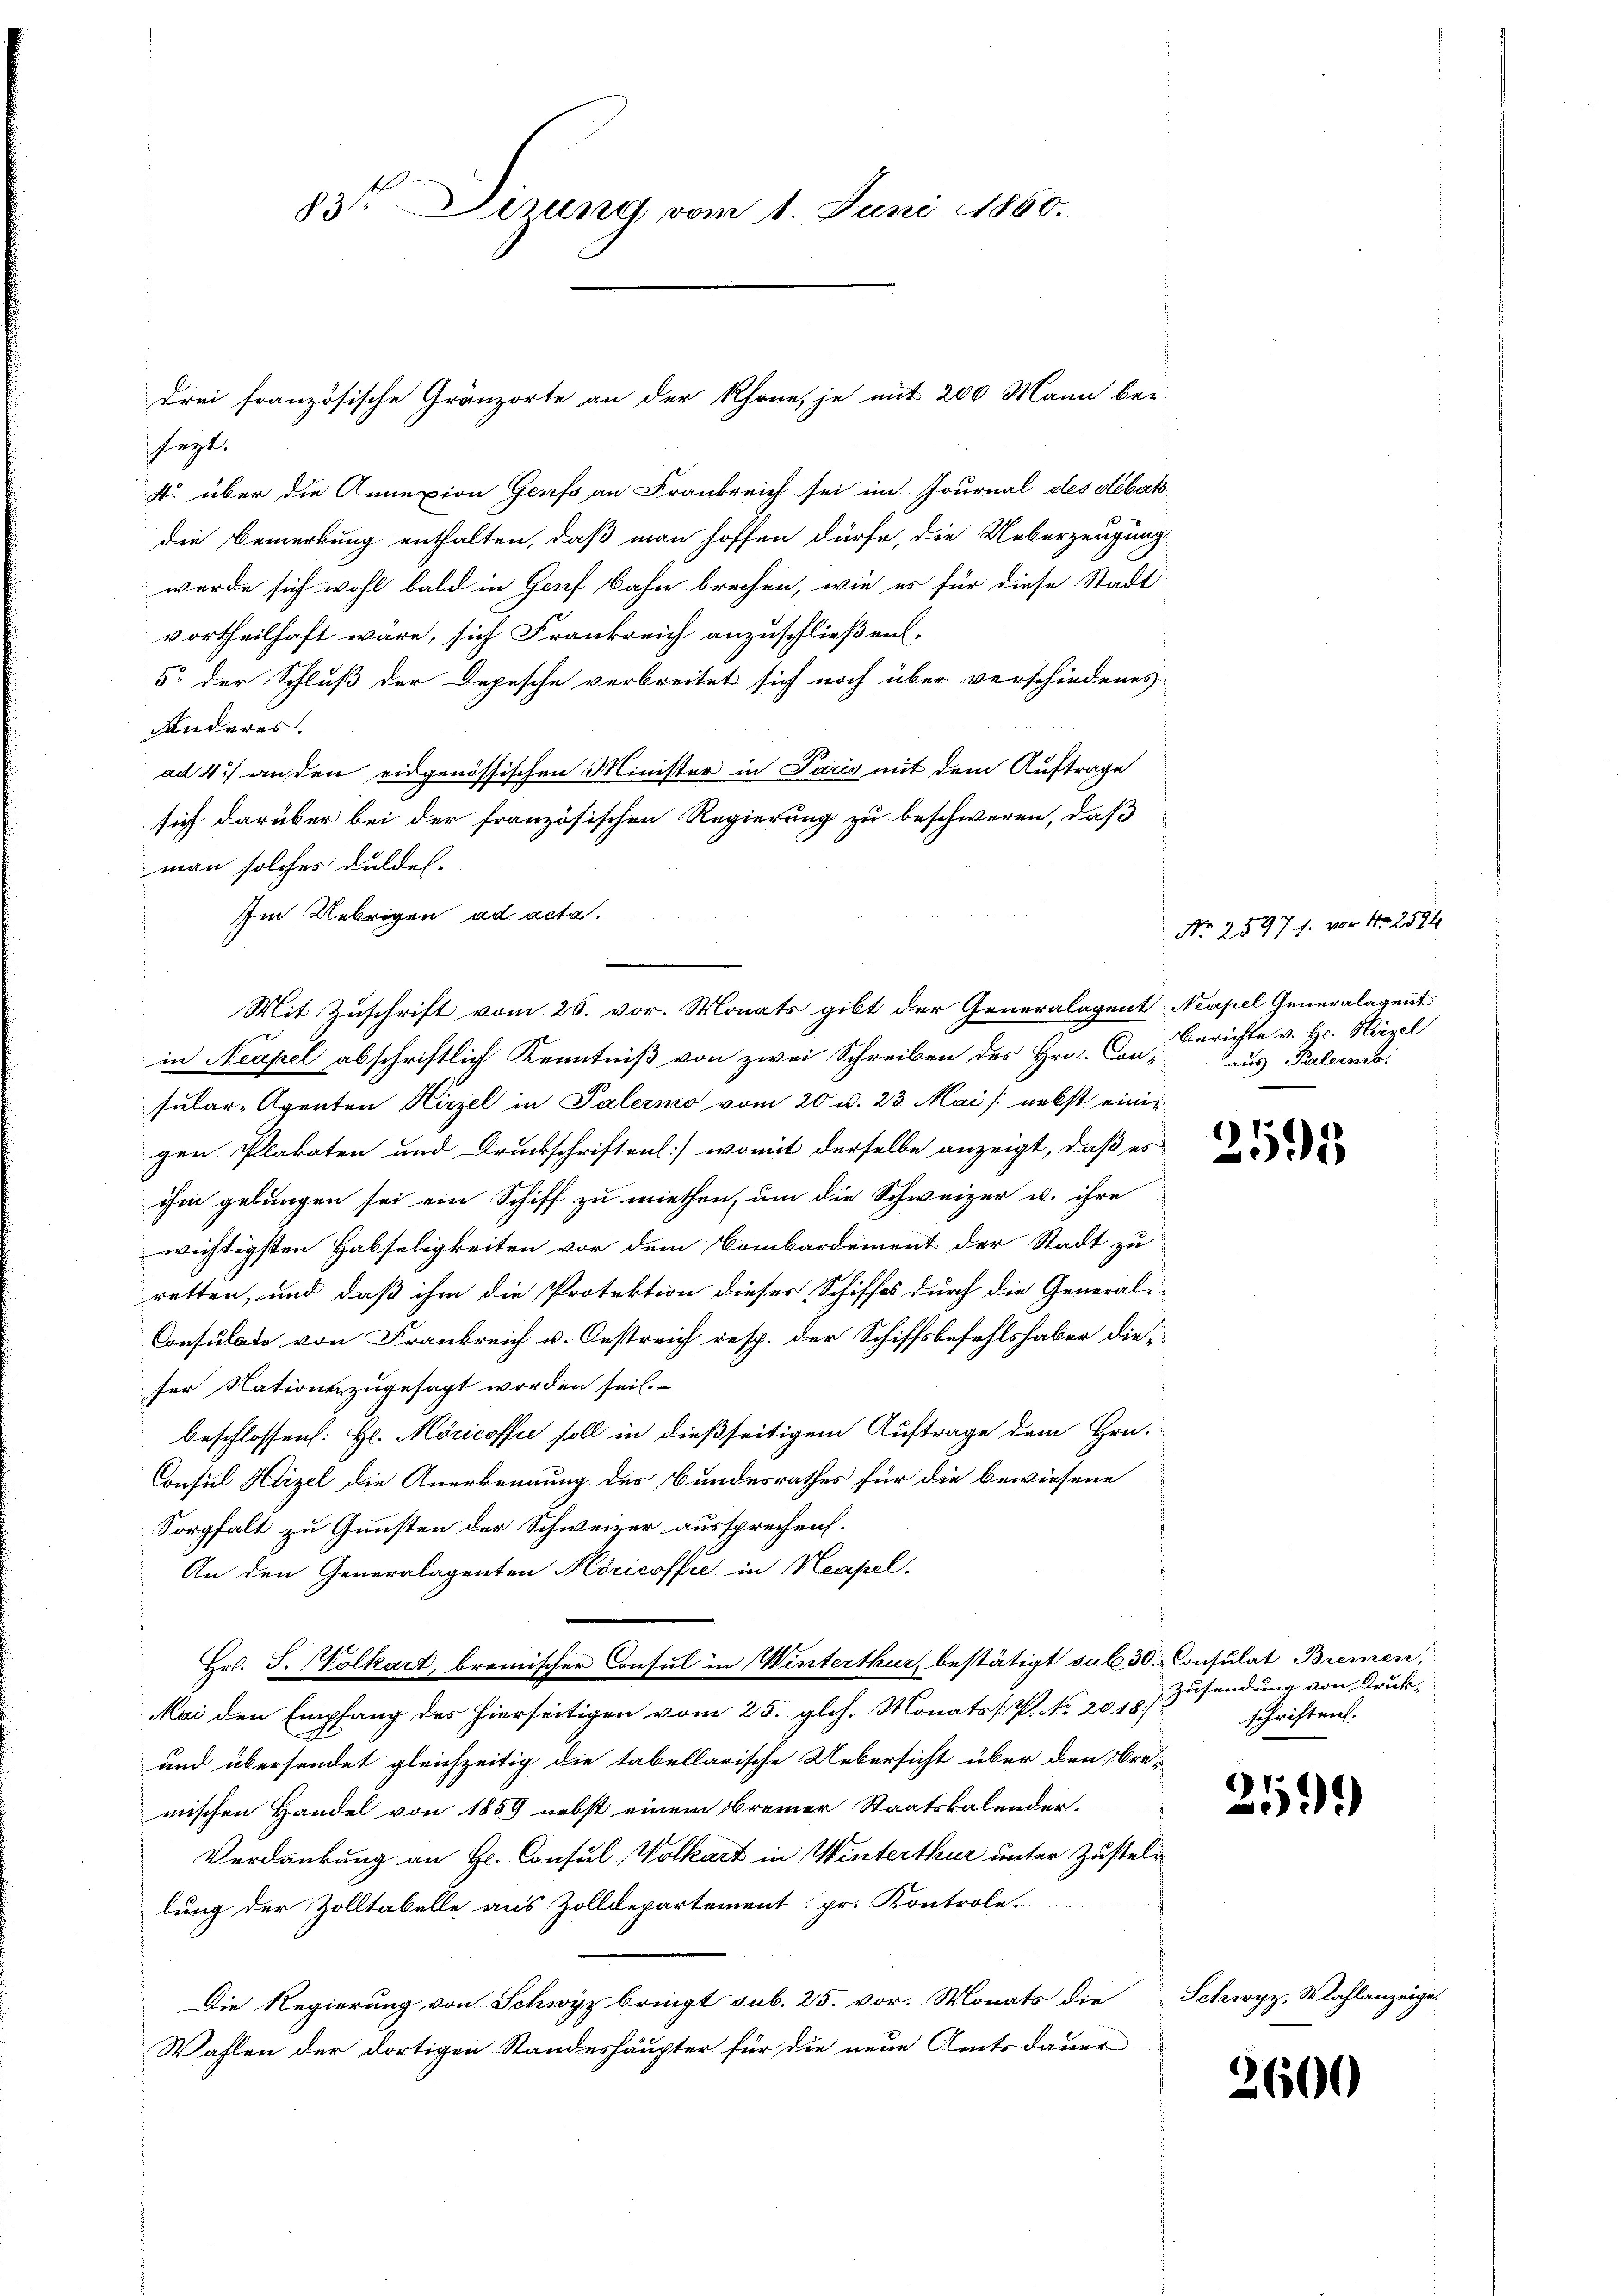
83te Dirung vom 1. Juni 1860.

sagt.
4. über die Annexion Genf an Frankreich sei im Journal des debetsdie Bemerkung enthalten, daß man hoffen dürfe, die Ueberzeugung
werde sich wohl bald in Genf bahn brechen, wie es für diese Stadt
vortheilhaft wäre, sich Frankreich anzuschließen.
5. der Schluß der Depesche verbreitet sich noch über verschiedenes
Anderes.
ad 4) an den eidgenössischen Minister in Paris mit dem Auftrage
sich darüber bei der französischen Regierung zu beschweren, daß
man solches duldel.
Im Uebrigen ad acta.
in Neapel abschriftlich Kenntniß von zwei Schreiben des Hrn. Con-
sular-Agenten Hirzel in Palermo vom 20. v. 23 Mai /: nebst einig
gen. Plakaten und Druckschriften) womit derselbe anzeigt, daß es
ihm gebungen sei ein Schiff zu miethen, um die Schweizer u. ihre
wichtigsten Habseligkeiten vor dem Bombardement der Stadt zu
retten, und daß ihm die Protektion dieser Schiffes durch die Generali-
Consulate von Frankreich u. Oestreich resp. der Schiffsbefehlshaber die-
ser Nationenzugesagt worden sei.
beschlossens: Hl. Moricoffre soll in dießseitigem Auftrage dem Hrn.
Consul Hirzel die Anerkennung des Bundesrathes für die bewiesene
Sorgfalt zu Gunsten der Schweizer aussprechen.
An den Generalagenten Köricoffre in Neapel.
Hr. J. (Volkart, bremischer Consul in Winterthur, bestätigt sub 30. Consulat Bremen,
Mai den Empfang des hierseitigen vom 25. gl. h. Monats [P. No 2018
und übersendet gleichzeitig die tabellarische Uebersicht über den Bre-
mischen Handel von 1859 nebst einem freier Staatskalender.
Verdankung an Hr. Consul, Wolkart in Winterthur unter Zustelbung der Zolltabelle aus Zolldepartement pr. Kontrole.
Die Regierung von Schwyz bringt sub. 25. vor. Monats die
Wahlen der dortigen Standeshäupter für die neue Amtsdauer

drei französische Gränzorte an der Rhone, je mit 200 Mann bei

Mit Zuschrift vom 26. vor. Monats gibt der Generalagent Neapel Generalagent

No 2597 s. vor No 2594
Berichte v. Hr. Hirzel
aus Palermo

255

Zusendung von Druck-
schriften.

25

Schwyz, Wahlanzeige

2600